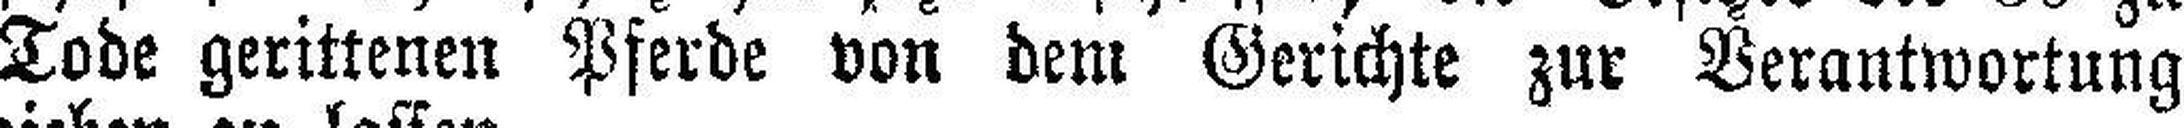
Tode gerittenen Pferde von dem Gerichte zur Verantwortung